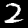
Digit: 2